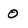
Character: 0